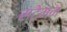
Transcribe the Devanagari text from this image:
स्टेमन